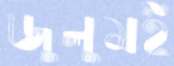
জুলুমই